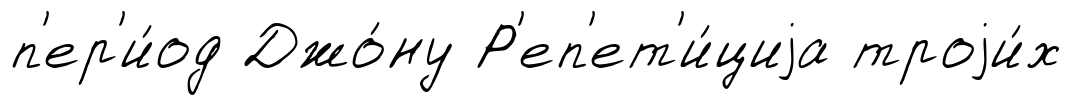
п'ер'и́од Джо́ну Р'еп'ет'и́циjа троjи́х